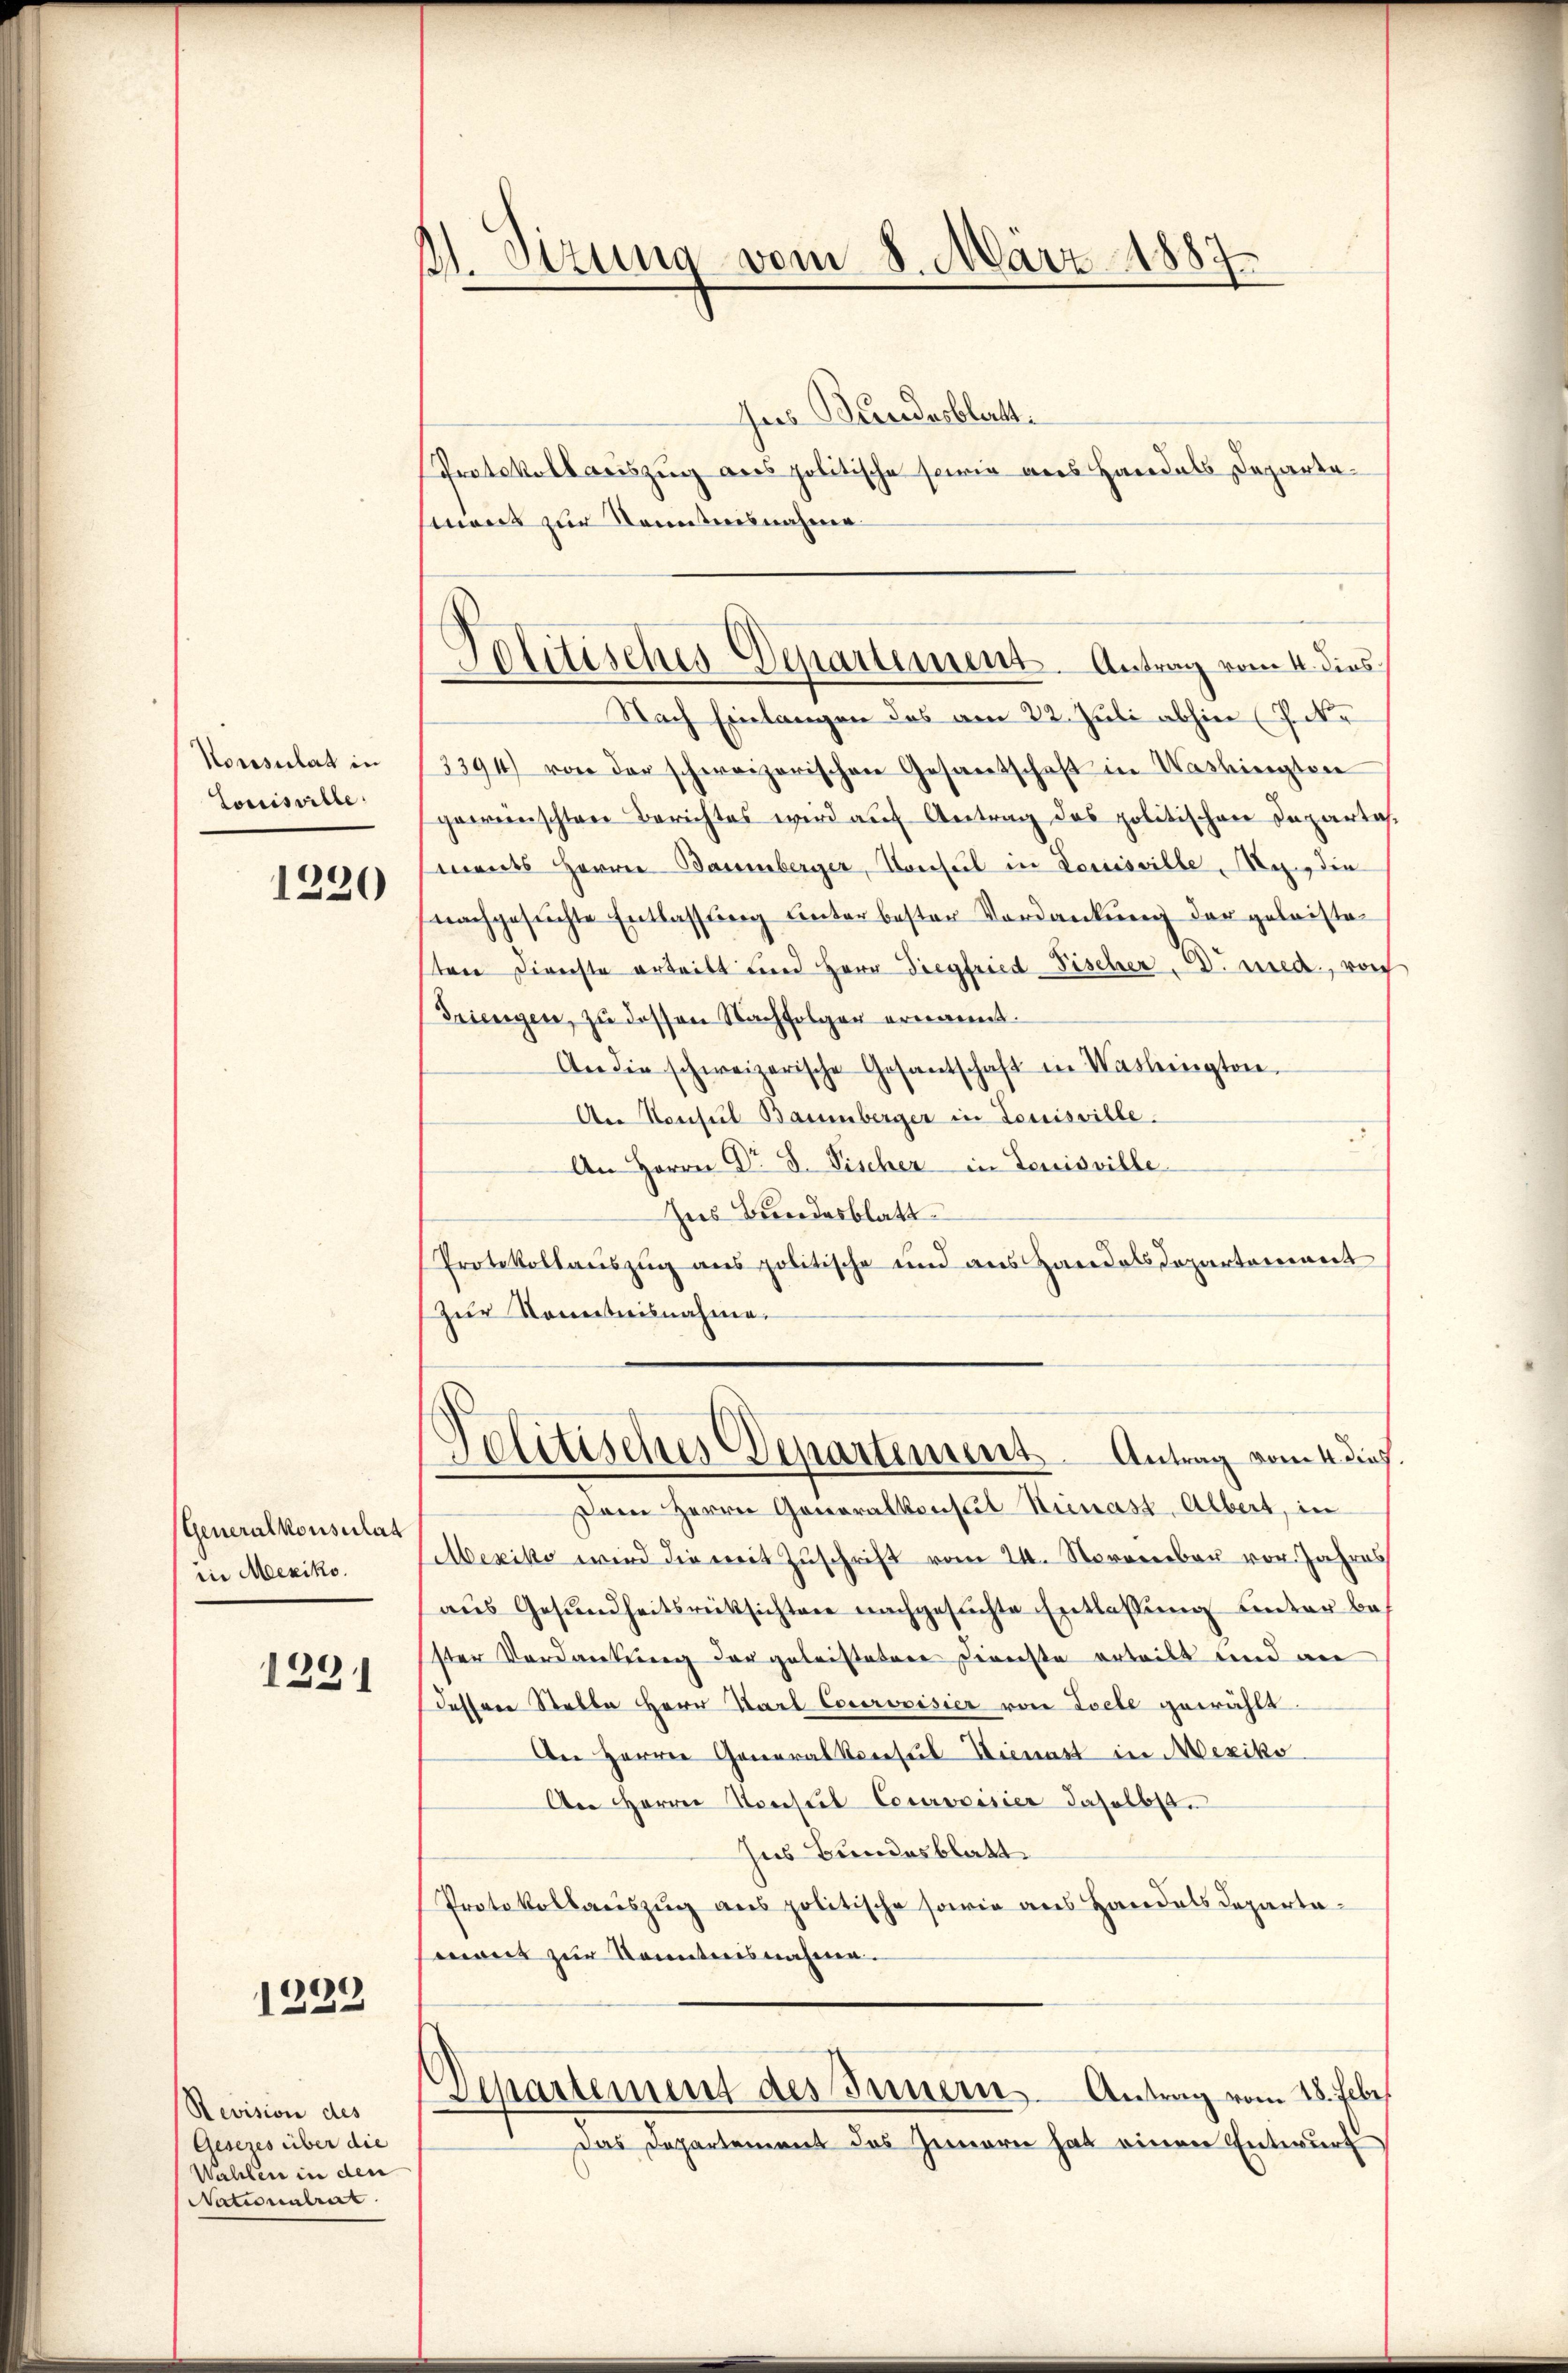
Konsulat in
Louisville.
1230

Generalkonsulat
in Mexiko.

1331

1222

Revision des
Gesezes über die
Wallen in den
Nationalrat

A. Sizung vom 8. März 1887

Politisches Departement. Antrag vom 4. dies

dues Bundesblatt.
Protokollauszug aus politische sowie aus Handals Departemens zur Kenntnisnahme
Nach Einlangen das am 22. Juli abhin (7 Xr
3394) von der schweizerischen Gesamtschaft in Washington
gewünschten Berichtes wird aŭf Antrag des politischen Departas
mandes Herrn Baumberger, Konsul in Louisville, er die
nachgesuchte Entlassung unter bester Verdankung der geleistestere Diverste erteilt und Herr Siegfried Fischer B. nied, vorh
Triengen, zu dessen Nachfolgen ernannt.
An die schweizerische Gesantschaft in Washington.
An Konsul Baumberger in Louisville.
An Herrn Dr. S. Fischer in Louisville
Ins Bundesblatt
Protokollauszug aus politische und aus Handels Departement
Zŭr Komitnisnahme.

Politisches Departement. Antrag vom 4. dies

Dem Herrn Gonoralkonsul Sienast, Albert, in
Mexiko wird die mit Zuschrift vom 24. November vor. Jahres
aus Gesundheitsrücksichten nachgesuchte Entlassung unter bester Verdankung der geleistetere Dienste erteilt und an
dessene Stelle Herr Karl Courovisier von Loele gewählt.
An Herren Generalkonsul Hienast in Mexiko
Aer Herren Konstel Courvoisier daselbst.
Ins Bundesblatt
Protokollauszug aus politische sowie aus Handels Departaewirt zur Kenntnisnahme.
Departement des Innern. Antrag vom 28. Febr
Das Departement des Innern hat einen Entwurf